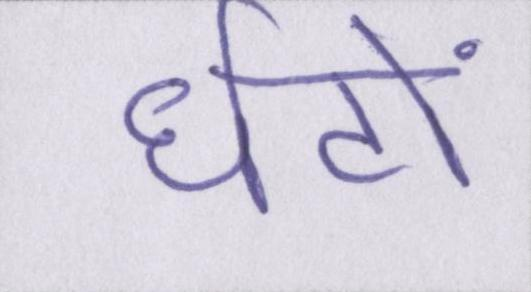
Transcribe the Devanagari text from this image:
घंटों